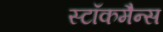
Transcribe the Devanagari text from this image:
स्टॉकमैन्स